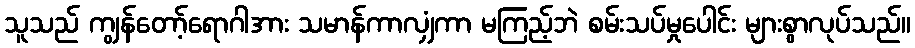
သူသည် ကျွန်တော့်ရောဂါအား သမာန်ကာလျှံကာ မကြည့်ဘဲ စမ်းသပ်မှုပေါင်း များစွာလုပ်သည်။